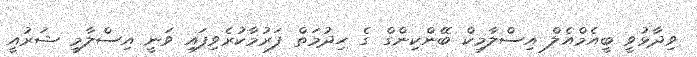
ވިދާޅުވީ ބީއެމްއެލް އިސްލާމިކް ބޭންކިންގް ގެ ހިދުމަތް ފަރުމާކުރެވިފައި ވަނީ އިސްލާމީ ޝަރުއީ